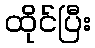
ထိုင်ပြီး